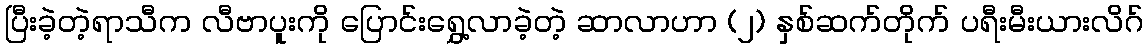
ပြီးခဲ့တဲ့ရာသီက လီဗာပူးကို ပြောင်းရွှေ့လာခဲ့တဲ့ ဆာလာဟာ (၂) နှစ်ဆက်တိုက် ပရီးမီးယားလိဂ်